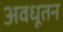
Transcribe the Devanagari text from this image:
अवधूतन